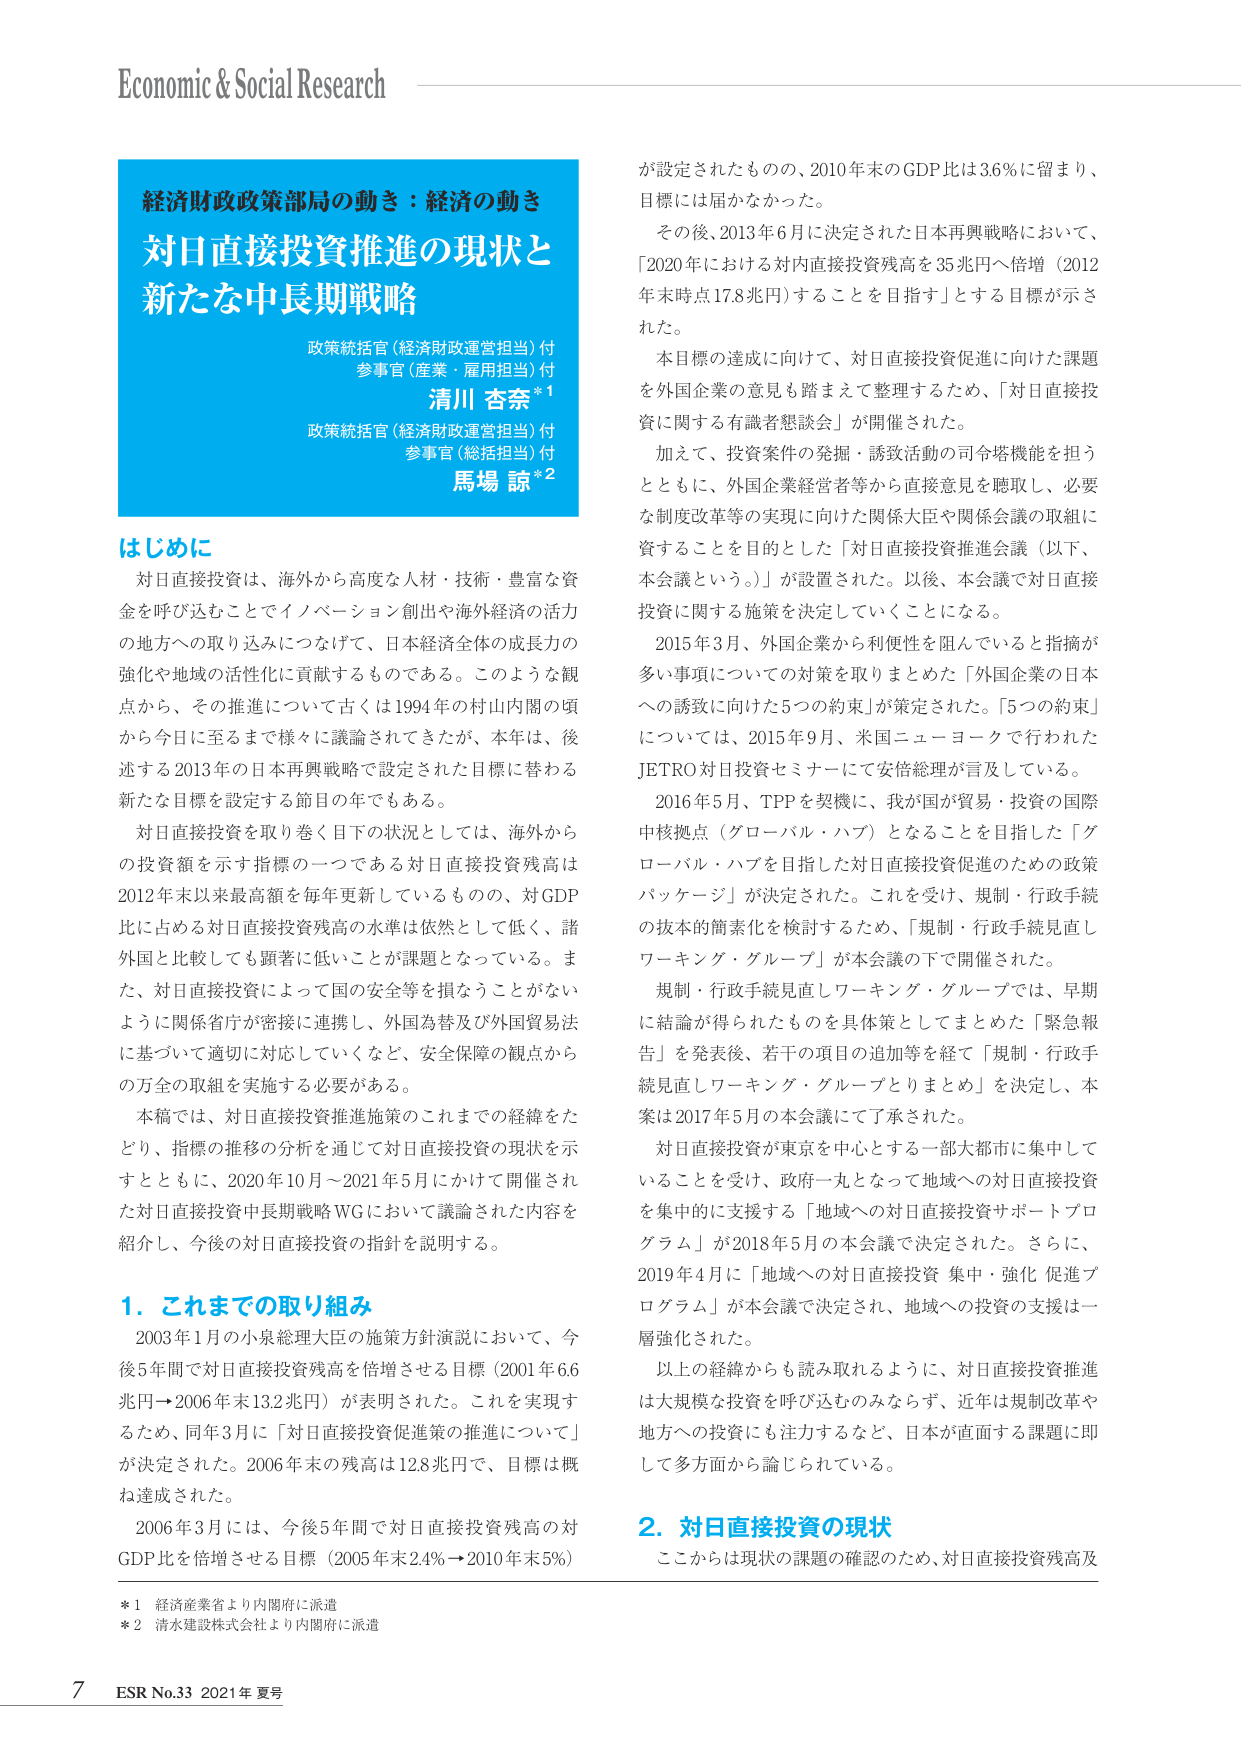
Economic & Social Research

経済財政政策部局の動き：経済の動き
対日直接投資推進の現状と
新たな中長期戦略

政策統括官（経済財政運営担当）付
参事官（産業・雇用担当）付
清川 杏奈*1
政策統括官（経済財政運営担当）付
参事官（総括担当）付
馬場 諒*2

はじめに
対日直接投資は、海外から高度な人材・技術・豊富な資金を呼び込むことでイノベーション創出や海外経済の活力の地方への取り込みにつなげて、日本経済全体の成長力の強化や地域の活性化に貢献するものである。このような観点から、その推進について古くは1994年の村山内閣の頃から今日に至るまで様々に議論されてきたが、本年は、後述する2013年の日本再興戦略で設定された目標に替わる新たな目標を設定する節目の年でもある。

対日直接投資を取り巻く目下の状況としては、海外からの投資額を示す指標の一つである対日直接投資残高は2012年末以来最高額を毎年更新しているものの、対GDP比に占める対日直接投資残高の水準は依然として低く、諸外国と比較しても顕著に低いことが課題となっている。また、対日直接投資によって国の安全等を損なうことがないように関係省庁が密接に連携し、外国為替及び外国貿易法に基づいて適切に対応していくなど、安全保障の観点からの万全の取組を実施する必要がある。

本稿では、対日直接投資推進施策のこれまでの経緯をたどり、指標の推移の分析を通じて対日直接投資の現状を示すとともに、2020年10月～2021年5月にかけて開催された対日直接投資中長期戦略WGにおいて議論された内容を紹介し、今後の対日直接投資の指針を説明する。

1. これまでの取り組み
2003年1月の小泉総理大臣の施策方針演説において、今後5年間で対日直接投資残高を倍増させる目標（2001年6.6兆円→2006年末13.2兆円）が表明された。これを実現するため、同年3月に「対日直接投資促進策の推進について」が決定された。2006年末の残高は12.8兆円で、目標は概ね達成された。

2006年3月には、今後5年間で対日直接投資残高の対GDP比を倍増させる目標（2005年末2.4%→2010年末5%）が設定されたものの、2010年末のGDP比は3.6%に留まり、目標には届かなかった。

その後、2013年6月に決定された日本再興戦略において、「2020年における対内直接投資残高を35兆円へ倍増（2012年末時点17.8兆円）することを目指す」とする目標が示された。

本目標の達成に向けて、対日直接投資促進に向けた課題を外国企業の意見も踏まえて整理するため、「対日直接投資に関する有識者懇談会」が開催された。

加えて、投資案件の発掘・誘致活動の司令塔機能を担うとともに、外国企業経営者等から直接意見を聴取し、必要な制度改革等の実現に向けた関係大臣や関係会議の取組に資することを目的とした「対日直接投資推進会議（以下、本会議という。）」が設置された。以後、本会議で対日直接投資に関する施策を決定していくことになる。

2015年3月、外国企業から利便性を阻んでいると指摘が多い事項についての対策を取りまとめた「外国企業の日本への誘致に向けた5つの約束」が策定された。「5つの約束」については、2015年9月、米国ニューヨークで行われたJETRO対日投資セミナーにて安倍総理が言及している。

2016年5月、TPPを契機に、我が国が貿易・投資の国際中核拠点（グローバル・ハブ）となることを目指した「グローバル・ハブを目指した対日直接投資促進のための政策パッケージ」が決定された。これを受け、規制・行政手続の抜本的簡素化を検討するため、「規制・行政手続見直しワーキング・グループ」が本会議の下で開催された。

規制・行政手続見直しワーキング・グループでは、早期に結論が得られたものを具体策としてまとめた「緊急報告」を発表後、若干の項目の追加等を経て「規制・行政手続見直しワーキング・グループとりまとめ」を決定し、本案は2017年5月の本会議にて了承された。

対日直接投資が東京を中心とする一部大都市に集中していることを受け、政府一丸となって地域への対日直接投資を集中的に支援する「地域への対日直接投資サポートプログラム」が2018年5月の本会議で決定された。さらに、2019年4月に「地域への対日直接投資 集中・強化 促進プログラム」が本会議で決定され、地域への投資の支援は一層強化された。

以上の経緯からも読み取れるように、対日直接投資推進は大規模な投資を呼び込むのみならず、近年は規制改革や地方への投資にも注力するなど、日本が直面する課題に即して多方面から論じられている。

2. 対日直接投資の現状
ここからは現状の課題の確認のため、対日直接投資残高及

*1 経済産業省より内閣府に派遣
*2 清水建設株式会社より内閣府に派遣

7 ESR No.33 2021年 夏号